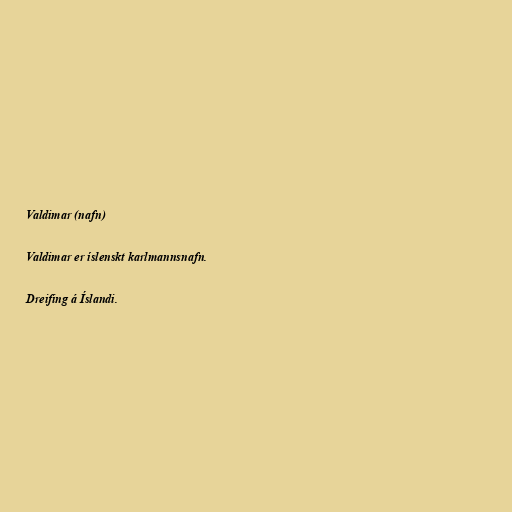
Valdimar (nafn)

Valdimar er íslenskt karlmannsnafn.

Dreifing á Íslandi.